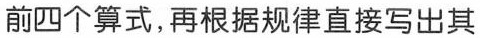
前四个算式，再根据规律直接写出其